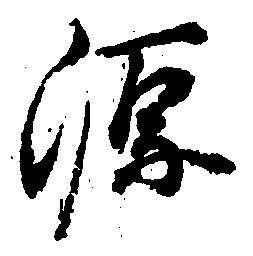
源